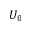
U _ { 0 }